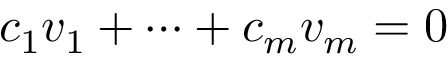
c _ { 1 } v _ { 1 } + \cdots + c _ { m } v _ { m } = 0